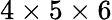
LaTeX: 4\times 5\times 6